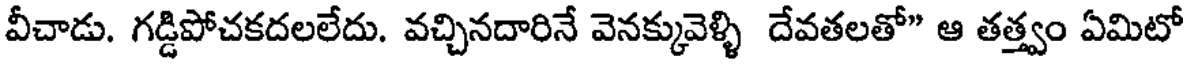
వీచాడు. గడ్డిపోచకదలలేదు. వచ్చినదారినే వెనక్కువెళ్ళి దేవతలతో" ఆ తత్త్వం ఏమిటో